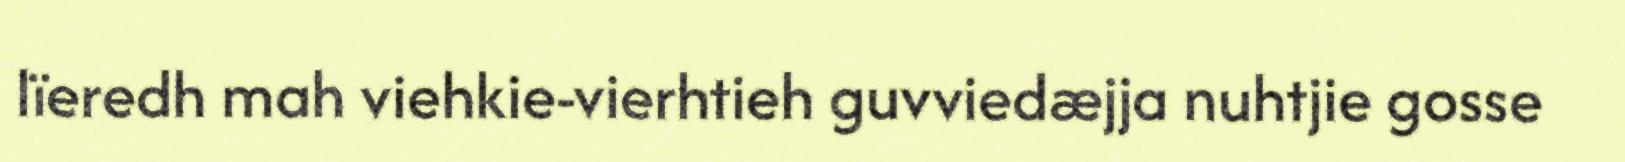
lïeredh mah viehkie-vierhtieh guvviedæjja nuhtjie gosse